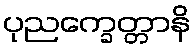
ပုညက္ခေတ္တာနိ